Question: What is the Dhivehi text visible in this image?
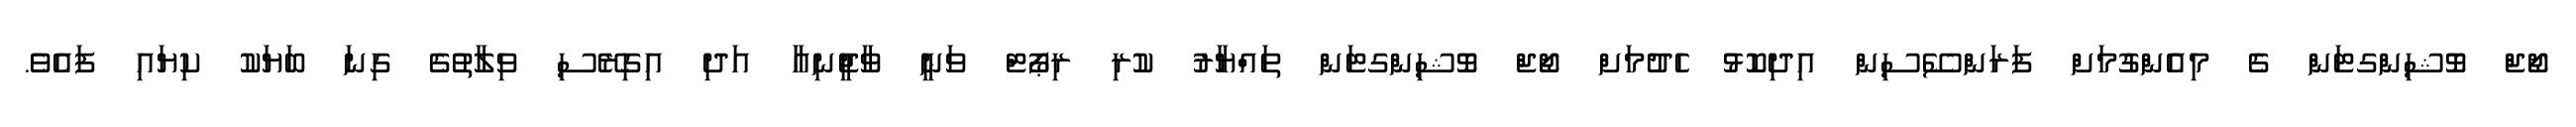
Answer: ޖޯޖް ވޮޝިންގޓަން ގެ މިއެންގުމަށް ފަރަންސޭސިން އިދިކޮޅު ހެދުމަށް ޖޯޖް ވޮޝިންގޓަން ތައްޔާރު ކުރި ރިޕޯޓް ވަނީ ވާޖީނިއާ އަދި އިގިރޭސި ވިލާތުގެ ގިނަ ބަޔަކު ކިޔައި ފައެވެ.